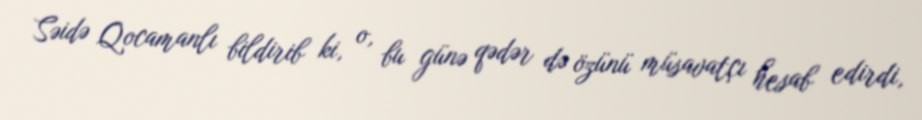
Səidə Qocamanlı bildirib ki, o, bu günə qədər də özünü müsavatçı hesab edirdi,